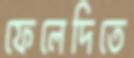
ফেলেদিতে